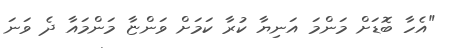
"އެހާ ބޮޑަށް މަންމަ އަނިޔާ ކުރާ ކަމަށް ވަންޏާ މަންމައާ ދެ ވަނަ